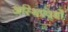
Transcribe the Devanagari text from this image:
अस्थिप्रवर्धों